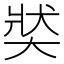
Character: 𡘾